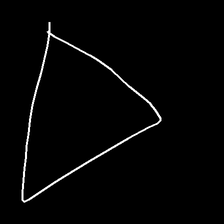
Glyph: convergence